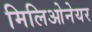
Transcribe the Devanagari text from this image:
मिलिओनेयर